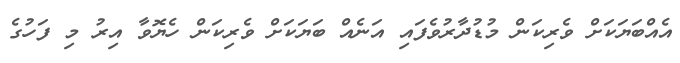
އެއްބަޔަކަށް ވެރިކަން މުޑުދާރުވެފައި އަނެއް ބަޔަކަށް ވެރިކަން ހެޔޮވާ އިރު މި ފަހުގެ